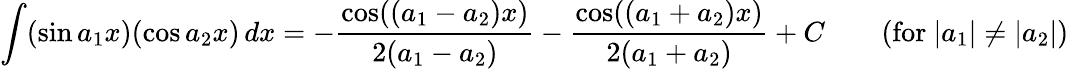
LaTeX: \int(\sin a_{1}x)(\cos a_{2}x)\, dx=-{\frac{\cos((a_{1}-a_{2})x)}{2(a_{1}-a_{2})}}-{\frac{\cos((a_{1}+a_{2})x)}{2(a_{1}+a_{2})}}+C\qquad{\mathrm{(for~}}|a_{1}|\neq|a_{2}|{\mathrm{)}}